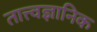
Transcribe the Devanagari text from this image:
तात्त्वज्ञानिक